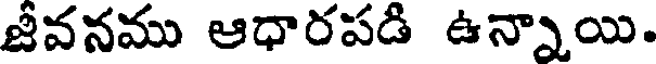
జీవనము ఆధారపడి ఉన్నాయి.